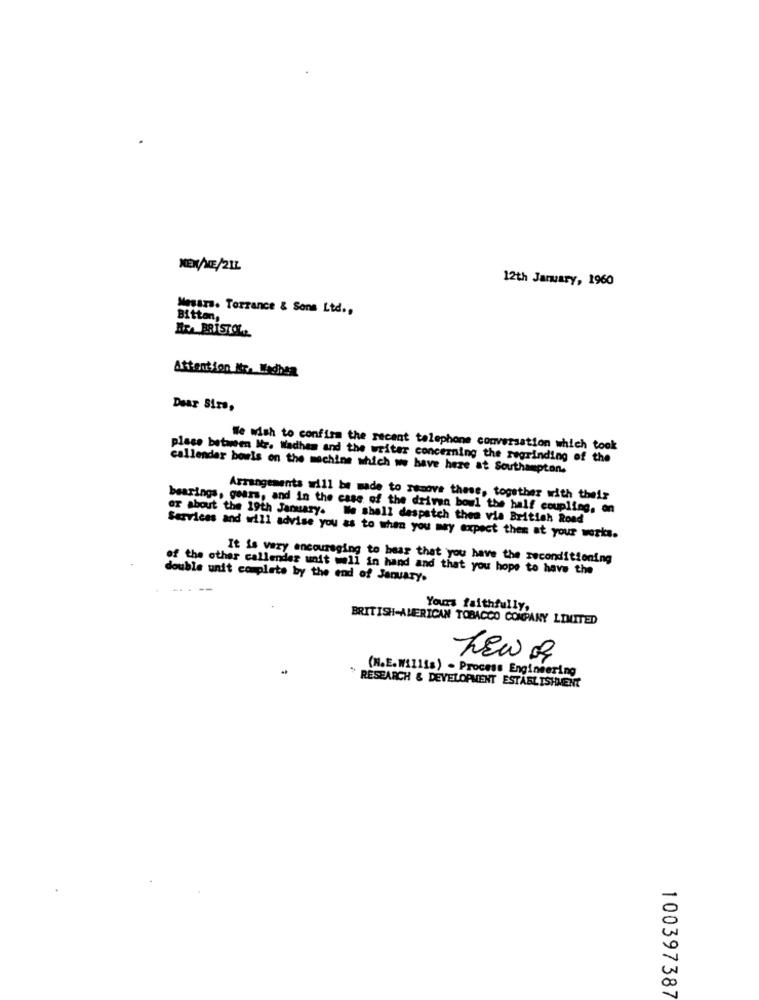
NEX/ME/21L
12th January, 1960
Messrs. Torrance & Sons Ltd .,
Bitton,
MEA BRISTOL
Attention Itr. Machen
Dear Sirs,
We wish to confirm the recent telephone conversation which took
place between Ir. Wadhes and the writer concerning the regrinding of the
callender bowls on the machine which we have here at Southampton.
Arrangements will be made to remove these, together with their
bearings, gears, and in the case of the driven bowl the half coupling, en
or about the 19th January. We shall despatch thea via British Road
Services and will advise you as to when you may expect then at your works.
It is very encouraging to hear that you have the reconditioning
of the other callender unit well in hand and that you hope to have the
double unit complete by the end of January.
Yours faithfully,
BRITISH-AMERICAN TOBACCO COMPANY LIMITED
NEW R
(N.E. Willis) - Process Engineering
RESEARCH & DEVELOPMENT ESTABLISHMENT
100397387